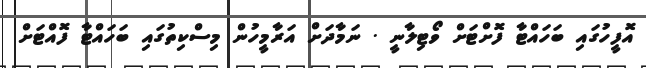
އޮފީހުގައި ބަހައްޓާ ފޮށްޓަށް ވޯޓިލާނީ . ނަމާދަށް އަރާމީހުން މިސްކިތުގައި ބަހައްޓާ ފޮއްޓަށް